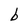
Character: b